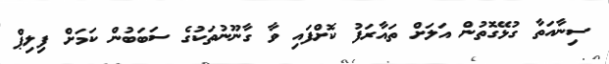
ސިނާއަތާ ގުޅޭގޮތުން އަލަށް ތައާރަފު ކޮށްފައި ވާ ގާނޫނުތަކުގެ ސަބަބުން ކަމަށް ފިލިޕް